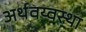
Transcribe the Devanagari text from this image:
अर्थवय्वस्था